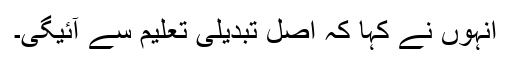
اْنہوں نے کہا کہ اصل تبدیلی تعلیم سے آئیگی۔